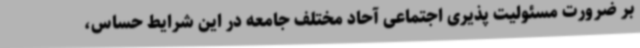
بر ضرورت مسئولیت پذیری اجتماعی آحاد مختلف جامعه در این شرایط حساس،